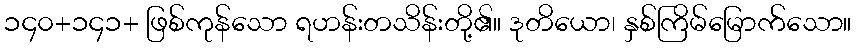
၁၄၀+၁၄၁+ ဖြစ်ကုန်သော ရဟန်းတသိန်းတို့၏။ ဒုတိယော၊ နှစ်ကြိမ်မြောက်သော။